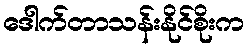
ဒေါက်တာသန်းနိုင်စိုးက